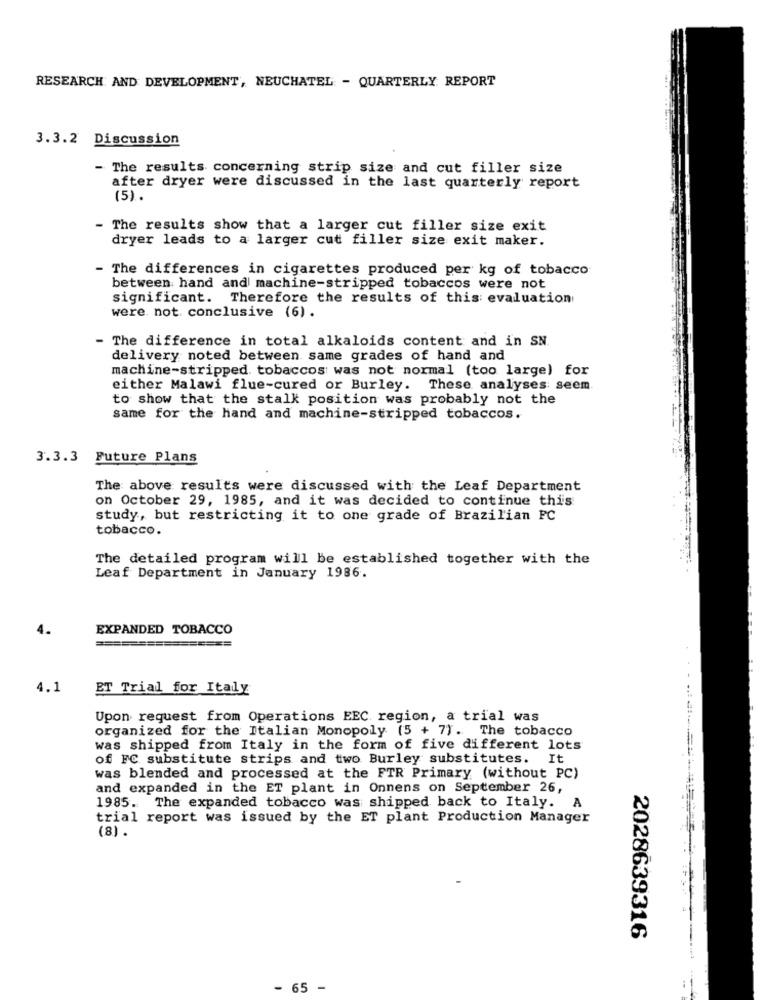
RESEARCH AND DEVELOPMENT, NEUCHATEL - QUARTERLY REPORT
3.3.2 Discussion
- The results concerning strip size and cut filler size
after dryer were discussed in the last quarterly report
(5).
- The results show that a larger cut filler size exit
dryer leads to a larger cut filler size exit maker.
- The differences in cigarettes produced per kg of tobacco
between hand and machine-stripped tobaccos were not
significant. Therefore the results of this evaluation
were not conclusive (6).
The difference in total alkaloids content and in SN.
delivery noted between same grades of hand and
machine-stripped tobaccos was not normal (too large) for
either Malawi flue-cured or Burley. These analyses seem
to show that the stalk position was probably not the
same for the hand and machine-stripped tobaccos.
3.3.3 Future Plans
The above results were discussed with the Leaf Department
on October 29, 1985, and it was decided to continue this
study, but restricting it to one grade of Brazilian FC
tobacco.
The detailed program will be established together with the
Leaf Department in January 1986.
4.
EXPANDED TOBACCO
===
4.1
ET Trial for Italy
Upon request from Operations EEC region, a trial was
organized for the Italian Monopoly (5 + 7). The tobacco
was shipped from Italy in the form of five different lots
of FC substitute strips and two Burley substitutes. It
was blended and processed at the FTR Primary (without PC)
and expanded in the ET plant in Onnens on September 26,
1985. The expanded tobacco was shipped back to Italy. A
trial report was issued by the ET plant Production Manager
(8) .
2028639316
- 65 -
:1